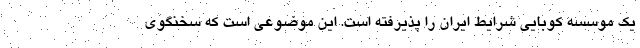
یک موسسه کوبایی شرایط ایران را پذیرفته است. این موضوعی است که سخنگوی